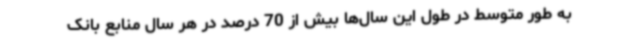
به‌ طور متوسط در طول این سال‌ها بیش از 70 درصد در هر سال منابع بانک